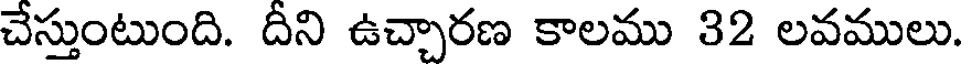
చేస్తుంటుంది. దీని ఉచ్చారణ కాలము 32 లవములు.